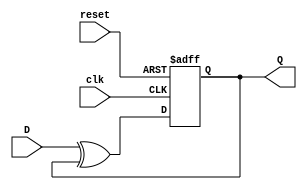
module FeedbackRegister (
    input wire clk,       // Clock signal
    input wire reset,     // Reset signal
    input wire D,         // Data input
    output reg Q          // Output signal
);

// Asynchronous reset logic
always @(posedge clk or posedge reset) begin
    if (reset) begin
        Q <= 1'b0;       // Initialize the register to 0 on reset
    end else begin
        // State transition logic: Feedback from Q and input D
        // Example: next state could be determined by some combination of D and the current state Q
        Q <= D ^ Q;      // Example logic: feed back using XOR
    end
end

endmodule